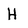
Character: H